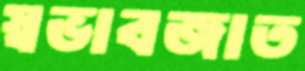
স্বভাবজাত